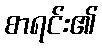
စာရင်း၏